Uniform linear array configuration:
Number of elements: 64
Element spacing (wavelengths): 1
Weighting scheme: binomial
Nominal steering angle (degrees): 15
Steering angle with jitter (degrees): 15.382
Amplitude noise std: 0.05
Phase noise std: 0.05

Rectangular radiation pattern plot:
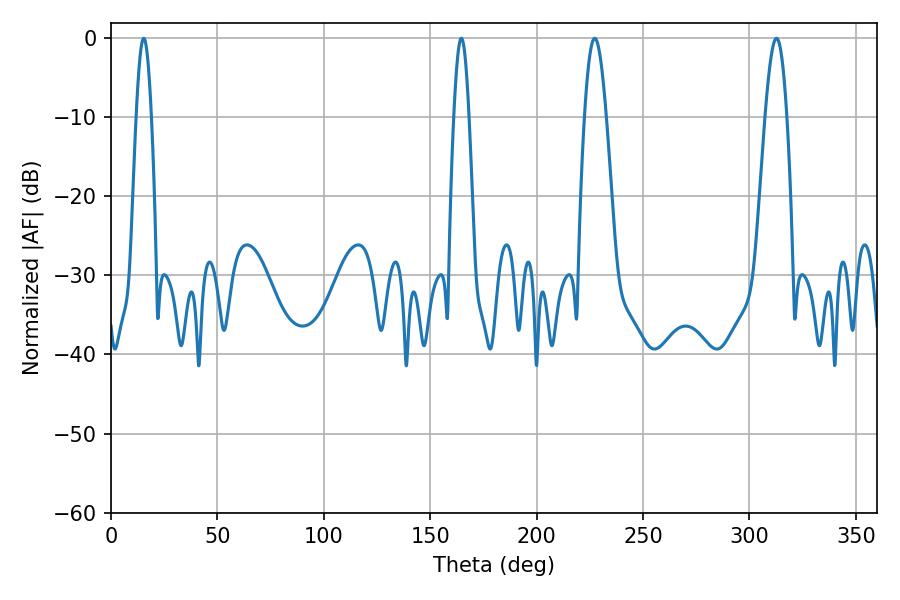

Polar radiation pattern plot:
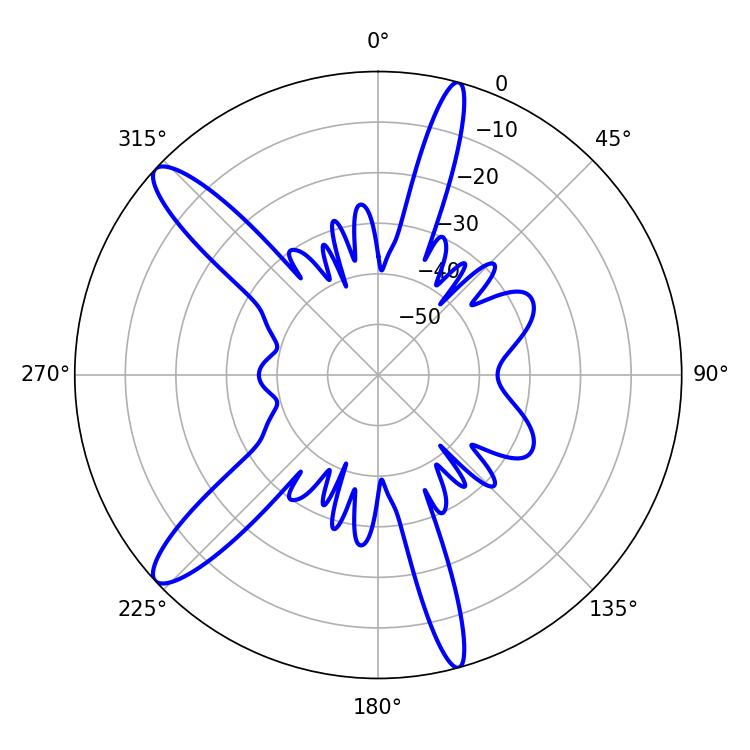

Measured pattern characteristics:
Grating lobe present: TRUE
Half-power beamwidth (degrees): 5.4
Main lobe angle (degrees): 312.66